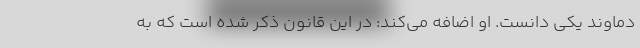
دماوند یکی دانست. او اضافه می‌کند: در این قانون ذکر شده است که به